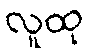
လူထု